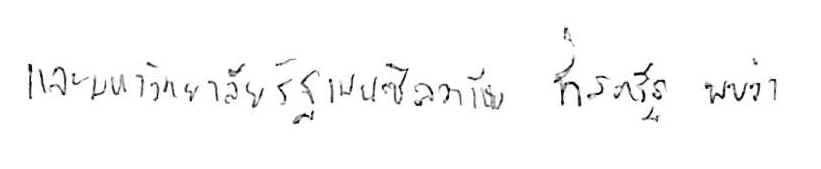
และมหาวิทยาลัยรัฐเพนซิลวาเนีย ที่สหรัฐ พบว่า